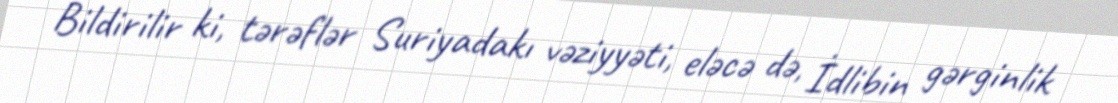
Bildirilir ki, tərəflər Suriyadakı vəziyyəti, eləcə də, İdlibin gərginlik